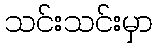
သင်းသင်းမှာ